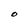
Character: O